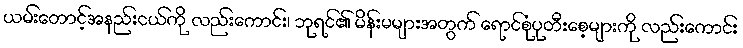
ယမ်းတောင့်အနည်းငယ်ကို လည်းကောင်း၊ ဘုရင်၏ မိန်းမများအတွက် ရောင်စုံပုတီးစေ့များကို လည်းကောင်း